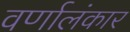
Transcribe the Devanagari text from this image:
वर्णालंकार